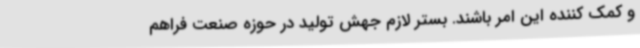
و کمک کننده این امر باشند. بستر لازم جهش تولید در حوزه صنعت فراهم